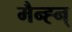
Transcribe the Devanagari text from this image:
मैन्ह्न्